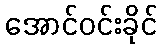
အောင်ဝင်းခိုင်